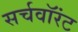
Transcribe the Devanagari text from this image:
सर्चवॉरंट